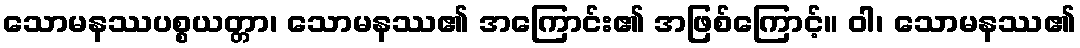
သောမနဿပစ္စယတ္တာ၊ သောမနဿ၏ အကြောင်း၏ အဖြစ်ကြောင့်။ ဝါ၊ သောမနဿ၏